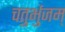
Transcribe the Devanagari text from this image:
चतुर्भुजम्